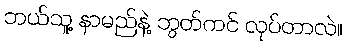
ဘယ်သူ့ နာမည်နဲ့ ဘွတ်ကင် လုပ်တာလဲ။